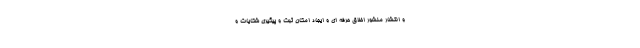
و انتشار منشور اخلاق حرفه ای و ایجاد امکان ثبت و پیگیری شکایات و